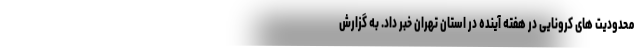
محدودیت های کرونایی در هفته آینده در استان تهران خبر داد. به گزارش